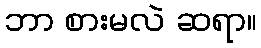
ဘာ စားမလဲ ဆရာ။